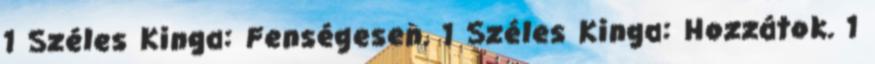
1 Széles Kinga: Fenségesen. 1 Széles Kinga: Hozzátok. 1